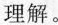
理解。